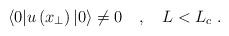
LaTeX: \begin{align*}\langle 0| u \left(x_{\perp}\right) |0\rangle \neq 0 \quad ,\quad L< L_c \ .\end{align*}